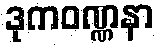
ဒုကဝဏ္ဏနာ